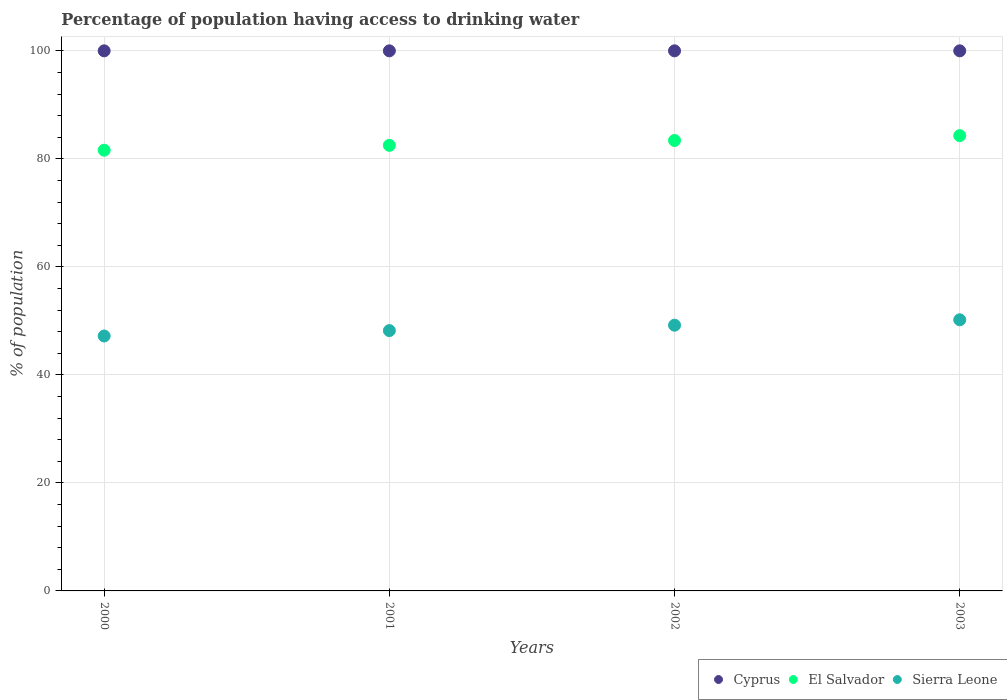
| Years | Cyprus | El Salvador | Sierra Leone |
 | --- | --- | --- | --- |
 | 2000 | 100 | 81.6 | 47.2 |
 | 2001 | 100 | 82.5 | 48.2 |
 | 2002 | 100 | 83.4 | 49.2 |
 | 2003 | 100 | 84.3 | 50.2 |